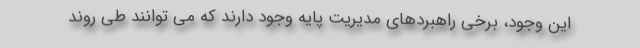
این وجود، برخی راهبردهای مدیریت پایه وجود دارند که می توانند طی روند